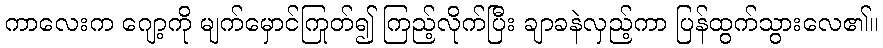
ကာလေးက ဂျော့ကို မျက်မှောင်ကြုတ်၍ ကြည့်လိုက်ပြီး ချာခနဲလှည့်ကာ ပြန်ထွက်သွားလေ၏။